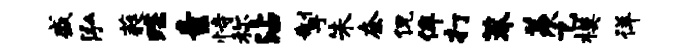
盛泓蕤蹀素恃称沾掣朱奈侃侔打莽羡乙模徉